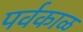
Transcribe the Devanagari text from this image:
पर्वकाळ